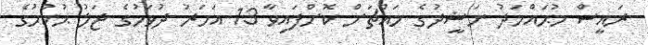
ރައީސް މުޙައްމަދު ނަޝީދުގެ މައްޗަށް ކޮށްފައިވާ 13 އަހަރު ދުވަހުގެ ޖަލު ޙުކުމުގެ